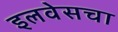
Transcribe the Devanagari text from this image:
इलवेसचा